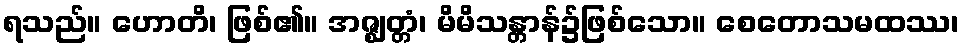
ရသည်။ ဟောတိ၊ ဖြစ်၏။ အဇ္ဈတ္တံ၊ မိမိသန္တာန်၌ဖြစ်သော။ စေတောသမထဿ၊